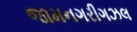
જામનગરીગઝલ